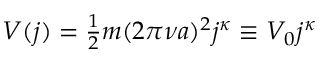
\begin{array} { r } { V ( j ) = \frac { 1 } { 2 } m ( 2 \pi \nu a ) ^ { 2 } j ^ { \kappa } \equiv V _ { 0 } j ^ { \kappa } } \end{array}